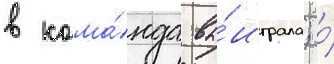
в кома́нда вы́играла; о́